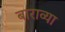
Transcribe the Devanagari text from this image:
बाराव्‍या